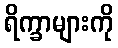
ရိက္ခာများကို